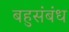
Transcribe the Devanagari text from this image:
बहुसंबंध